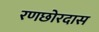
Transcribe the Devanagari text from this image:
रणछोरदास